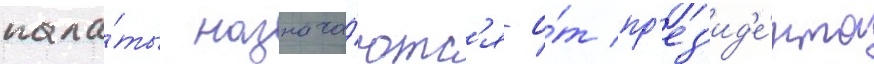
пала́ты назнача́ютс'я о́т пр'ез'ид'е́нта